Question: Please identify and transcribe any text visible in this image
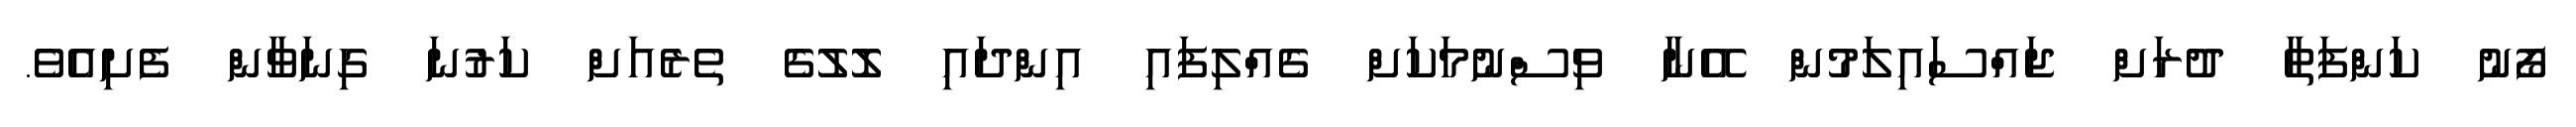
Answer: ފޯނު ކަންފަތާ ދުރަށް ޖައްސައިލަމުން އޭނާ ވިސްނުމަކަށް ގެއްލިފައި އިންދައި ލޮލުގެ ތެރެއަށް ކަރުނަ ގިނަވާން ފެށިއެވެ.